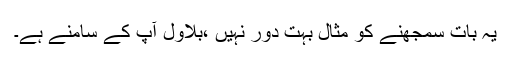
یہ بات سمجھنے کو مثال بہت دور نہیں ،بلاول آپ کے سامنے ہے۔